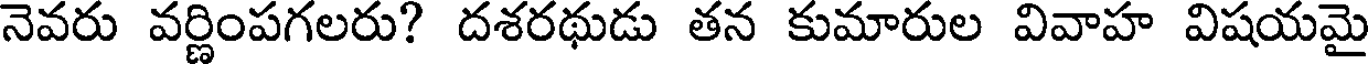
నెవరు వర్ణింపగలరు? దశరథుడు తన కుమారుల వివాహ విషయమై